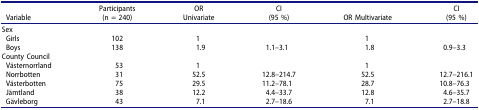
<table><thead><tr><td><b>Variable</b></td><td><b>Participants(n = 240)</b></td><td><b>ORUnivariate</b></td><td><b>CI(95 %)</b></td><td><b>OR Multivariate</b></td><td><b>CI(95 %)</b></td></tr></thead><tbody><tr><td colspan="2">Sex</td><td> </td><td> </td><td> </td><td> </td></tr><tr><td>Girls</td><td>102</td><td>1</td><td> </td><td>1</td><td> </td></tr><tr><td>Boys</td><td>138</td><td>1.9</td><td>1.1–3.1</td><td>1.8</td><td>0.9–3.3</td></tr><tr><td colspan="2">County Council</td><td> </td><td> </td><td> </td><td> </td></tr><tr><td>Västernorrland</td><td>53</td><td>1</td><td> </td><td>1</td><td> </td></tr><tr><td>Norrbotten</td><td>31</td><td>52.5</td><td>12.8–214.7</td><td>52.5</td><td>12.7–216.1</td></tr><tr><td>Västerbotten</td><td>75</td><td>29.5</td><td>11.2–78.1</td><td>28.7</td><td>10.8–76.3</td></tr><tr><td>Jämtland</td><td>38</td><td>12.2</td><td>4.4–33.7</td><td>12.8</td><td>4.6–35.7</td></tr><tr><td>Gävleborg</td><td>43</td><td>7.1</td><td>2.7–18.6</td><td>7.1</td><td>2.7–18.8</td></tr></tbody></table>